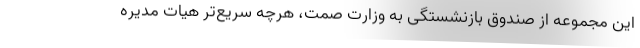
این مجموعه از صندوق بازنشستگی به وزارت صمت، هرچه سریع‌تر هیات مدیره